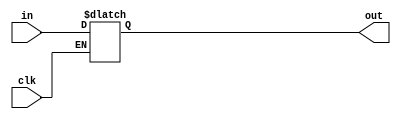
//#############################################################################
//# Function: Achive high latch                                               #
//#############################################################################
//# Author:   Andreas Olofsson                                                #
//# License:  MIT (see LICENSE file in OH! repository)                        #
//#############################################################################

module oh_lat1
  #(parameter N    = 1,        // number of sync stages
    parameter SYN  = "TRUE",   // synthesizable (or not)
    parameter TYPE = "DEFAULT" // scell type/size
    )
   (input 	   clk, // clk
    input [N-1:0]  in,  // input data
    output [N-1:0] out  // output data
    );

   generate
      if(SYN == "TRUE") begin
	 reg [N-1:0]      out_reg;
	 always @ (clk or in)
	   if (clk)
	     out_reg[N-1:0] <= in[N-1:0];

	 assign out[N-1:0] = out_reg[N-1:0];
      end
      else begin
	 for (i=0;i<N;i=i+1) begin
	    asic_lat1 #(.TYPE(TYPE))
	    asic_lat1 (.clk(clk),
		       .in(in[i]),
		       .out(out[i]));
	 end
      end
   endgenerate

endmodule // oh_lat1